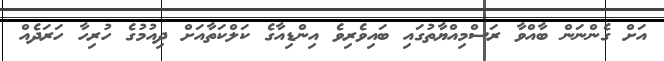
އަށް ގެންނަން ބާއްވާ ރަސްމިއްޔާތުގައި ބައިވެރިވެ އިންޑިއާގެ ކަލްކަތާއަށް ދިއުމުގެ ހުރިހާ ހަރަދެއް